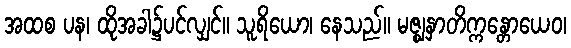
အထစ ပန၊ ထိုအခါ၌ပင်လျှင်။ သူရိယော၊ နေသည်။ မဇ္ဈနှာတိက္ကန္တောယေဝ၊